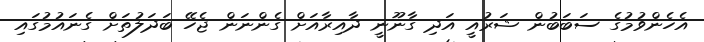
އެހެންވުމުގެ ސަބަބުން ޝަރުއީ އަދި ގާނޫނީ ދާއިރާއަށް ގެންނަން ޖެހޭ ބަދަލުތަށް ގެނައުމުގައި